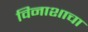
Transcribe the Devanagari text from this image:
विनाशाचा